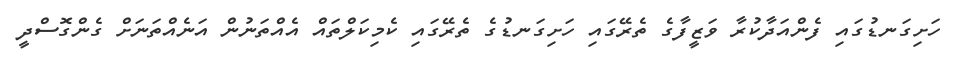
ހަށިގަނޑުގައި ފެންއަދާކުރާ ވަޒީފާގެ ތެރޭގައި ހަށިގަނޑުގެ ތެރޭގައި ކެމިކަލްތައް އެއްތަނުން އަނެއްތަނަށް ގެންގޮސްދީ